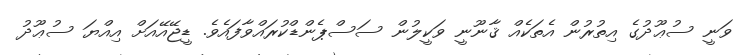
ވަނީ ސުޢޫދުގެ އިތުރުން އެތަކެއް ޤާނޫނީ ވަކީލުން ސަސްޕެންޑްކުރައްވާފައެވެ. ޑީޖޭއޭއަށް އިއްޔަ ސުޢޫދު